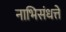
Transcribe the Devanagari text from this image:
नाभिसंधत्ते